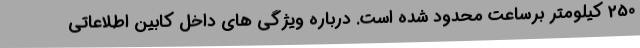
250 کیلومتر برساعت محدود شده است. درباره ویژگی های داخل کابین اطلاعاتی